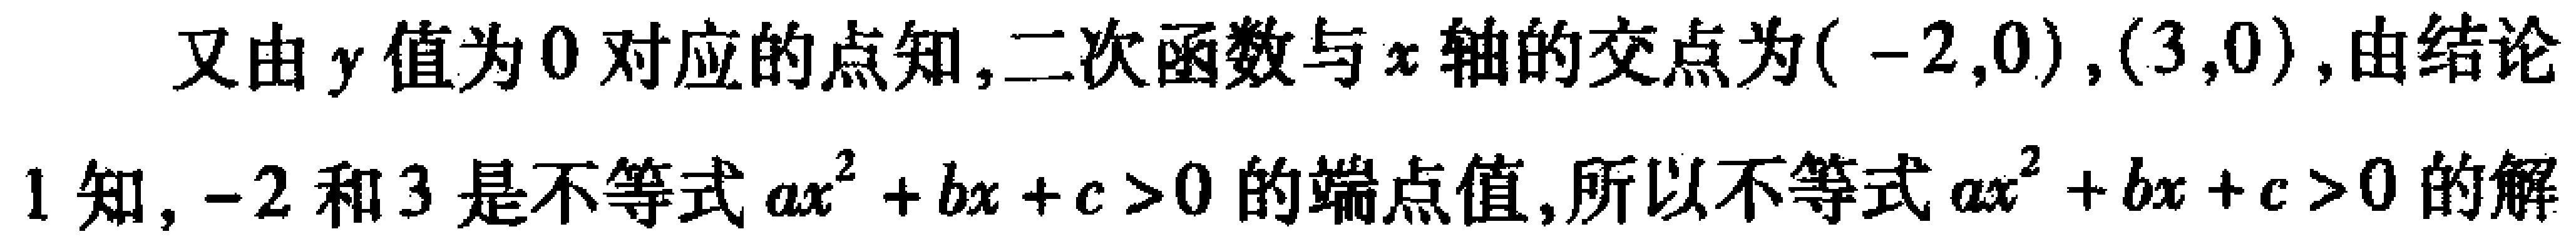
又由 \(y\) 值为 \(0\) 对应的点知,二次函数与 \(x\) 轴的交点为\((-2,0)\),\((3,0)\),由结论1知, \(-2\) 和 \(3\) 是不等式 \(ax^{2}+bx + c>0\) 的端点值,所以不等式 \(ax^{2}+bx + c>0\) 的解